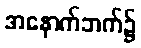
အနောက်ဘက်၌